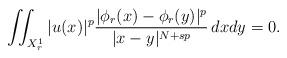
LaTeX: \begin{align*}\iint_{X^{1}_{r}} |u(x)|^{p} \frac{|\phi_{r}(x)-\phi_{r}(y)|^{p}}{|x-y|^{N+sp}} \, dx dy=0.\end{align*}